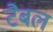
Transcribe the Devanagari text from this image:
टैबल